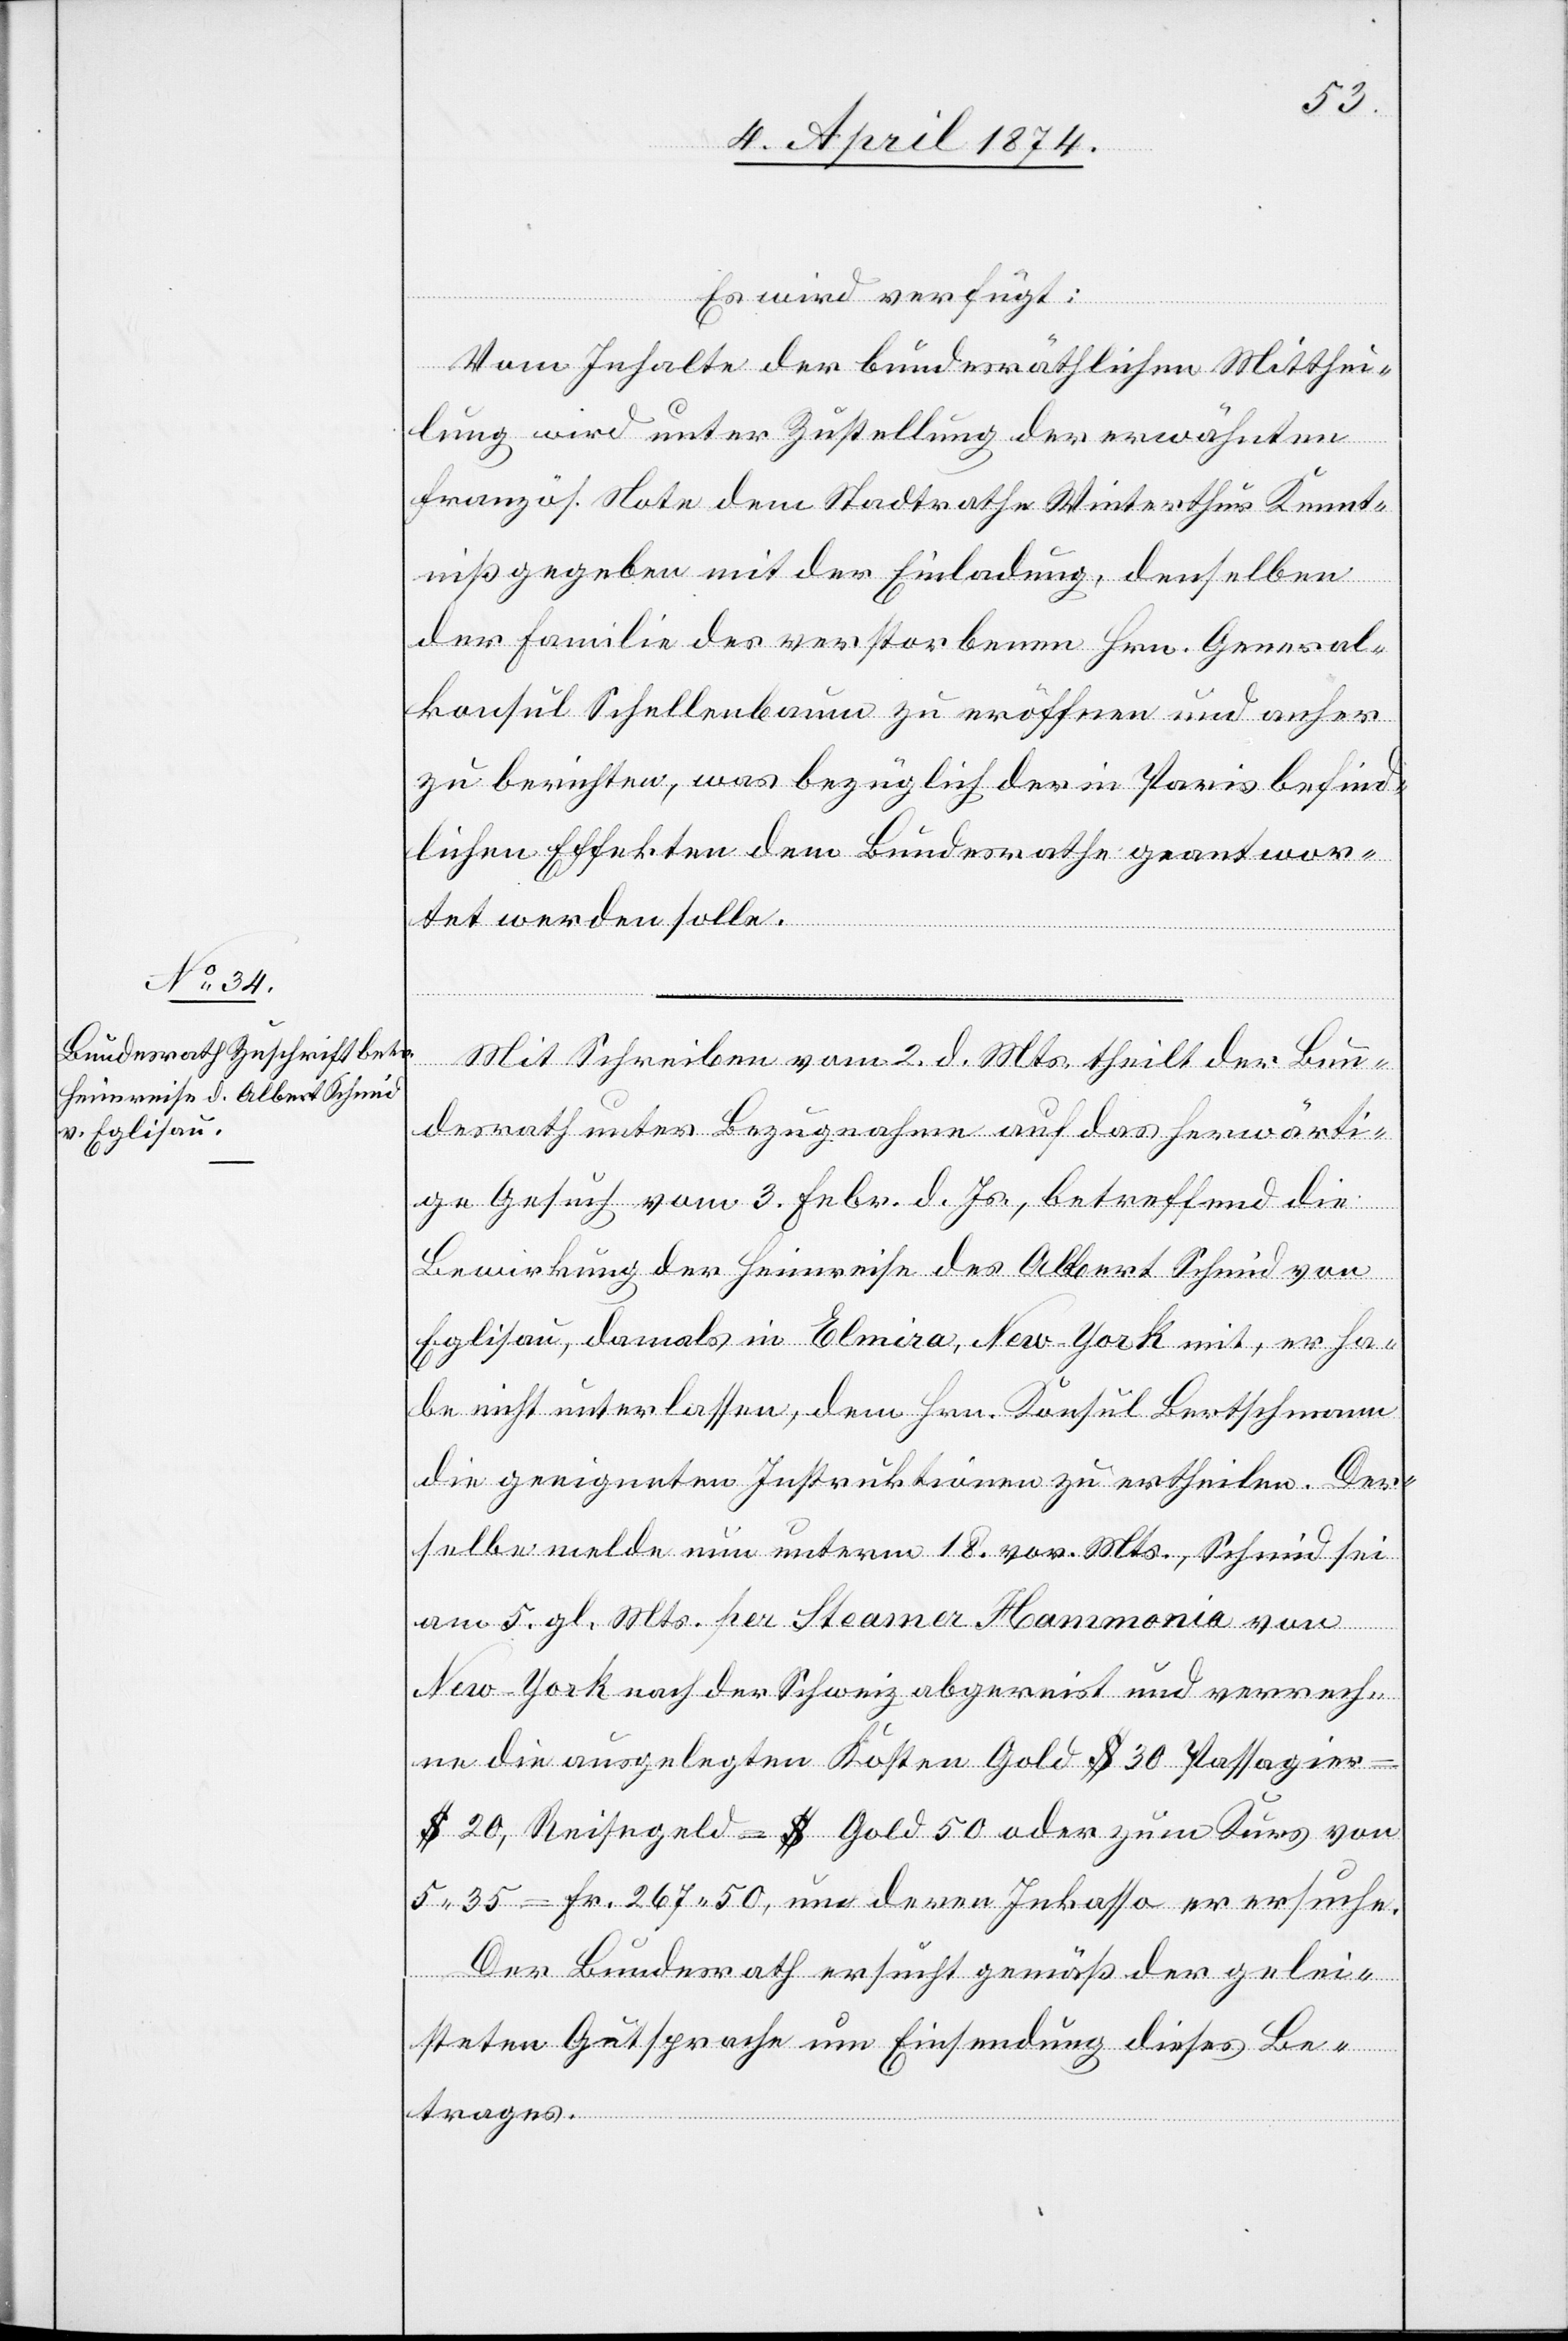
6. April 1874.]
Es wird verfügt:
Vom Inhalte der bundesräthlichen Mitthei¬
lung wird unter Zustellung der erwähnten
französ. Note dem Stadtrathe Winterthur Kennt¬
niß gegeben mit der Einladung, denselben
der Familie des verstorbenen Hrn. General¬
konsul Schellenbaum zu eröffnen und anher
zu berichten, was bezüglich der in Paris befind¬
lichen Effekten dem Bundesrathe geantwor¬
tet werden solle.
Mit Schreiben vom 2. d. Mts. theilt der Bun¬
desrath unter Bezugnahme auf das herwärti¬
ge Gesuch vom 3. Febr. d. Js., betreffend die
Bewirkung der Heimreise des Albert Schmid von
Eglisau, damals in Elmira, New-York mit, er ha¬
be nicht unterlassen, dem Hrn. Konsul Berthschmann
die geeigneten Instruktionen zu ertheilen. Der¬
selbe melde nun unterm 18. vor. Mts., Schmid sei
am 5. gl. Mts. per Steamer Hammonia von
New-York nach der Schweiz abgereist und verrechne
an die ausgelegten Kosten Gold $ 30 Passagier
$ 20, Reisegeld = $ Gold 50 oder zum Kurs von
5.35 = Fr. 267.50, um deren Inkasso er ersuche.
Der Bundesrath ersucht gemäß der gelei¬
steten Gutsprache um Einsendung dieses Be¬
trages.